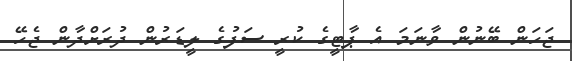
ޖަހަން ބޭނުން ވާނަމަ އެ ޕާޓީގެ ކުރީ ސަފުގެ ލީޑަރުން ދުރަށްދާން ޖެހޭ